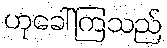
ဟုခေါ်ကြသည်